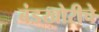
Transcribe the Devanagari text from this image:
बंडखोरीचे